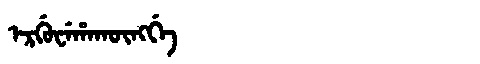
Manchu: ᡝᡵᡤᡠᠸᡝᡥᠠᡴᡡᠩᡤᡝ
Romanization: ERGUWEHAKŪNGGE